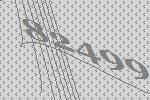
82499